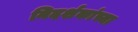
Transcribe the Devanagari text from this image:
निदर्शकांच्या